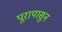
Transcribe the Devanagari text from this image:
पूरापासुन